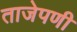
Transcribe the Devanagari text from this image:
ताजेपणी